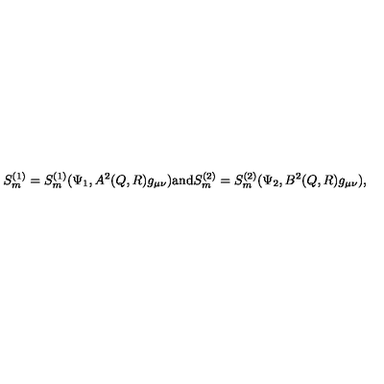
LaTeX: S _ { m } ^ { ( 1 ) } = S _ { m } ^ { ( 1 ) } ( \Psi _ { 1 } , A ^ { 2 } ( Q , R ) g _ { \mu \nu } ) \mathrm { a n d } S _ { m } ^ { ( 2 ) } = S _ { m } ^ { ( 2 ) } ( \Psi _ { 2 } , B ^ { 2 } ( Q , R ) g _ { \mu \nu } ) ,